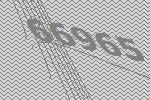
66965